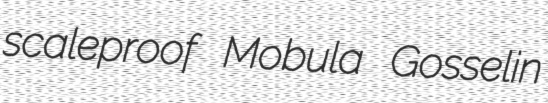
scaleproof Mobula Gosselin